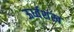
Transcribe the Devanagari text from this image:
ऊर्ध्वशंख